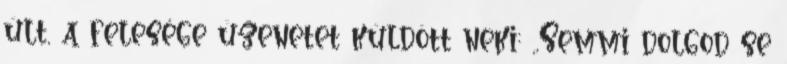
ült, a felesége üzenetet küldött neki: ,,Semmi dolgod se